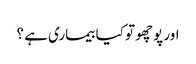
اور پوچھو تو کیا بیماری ہے ؟